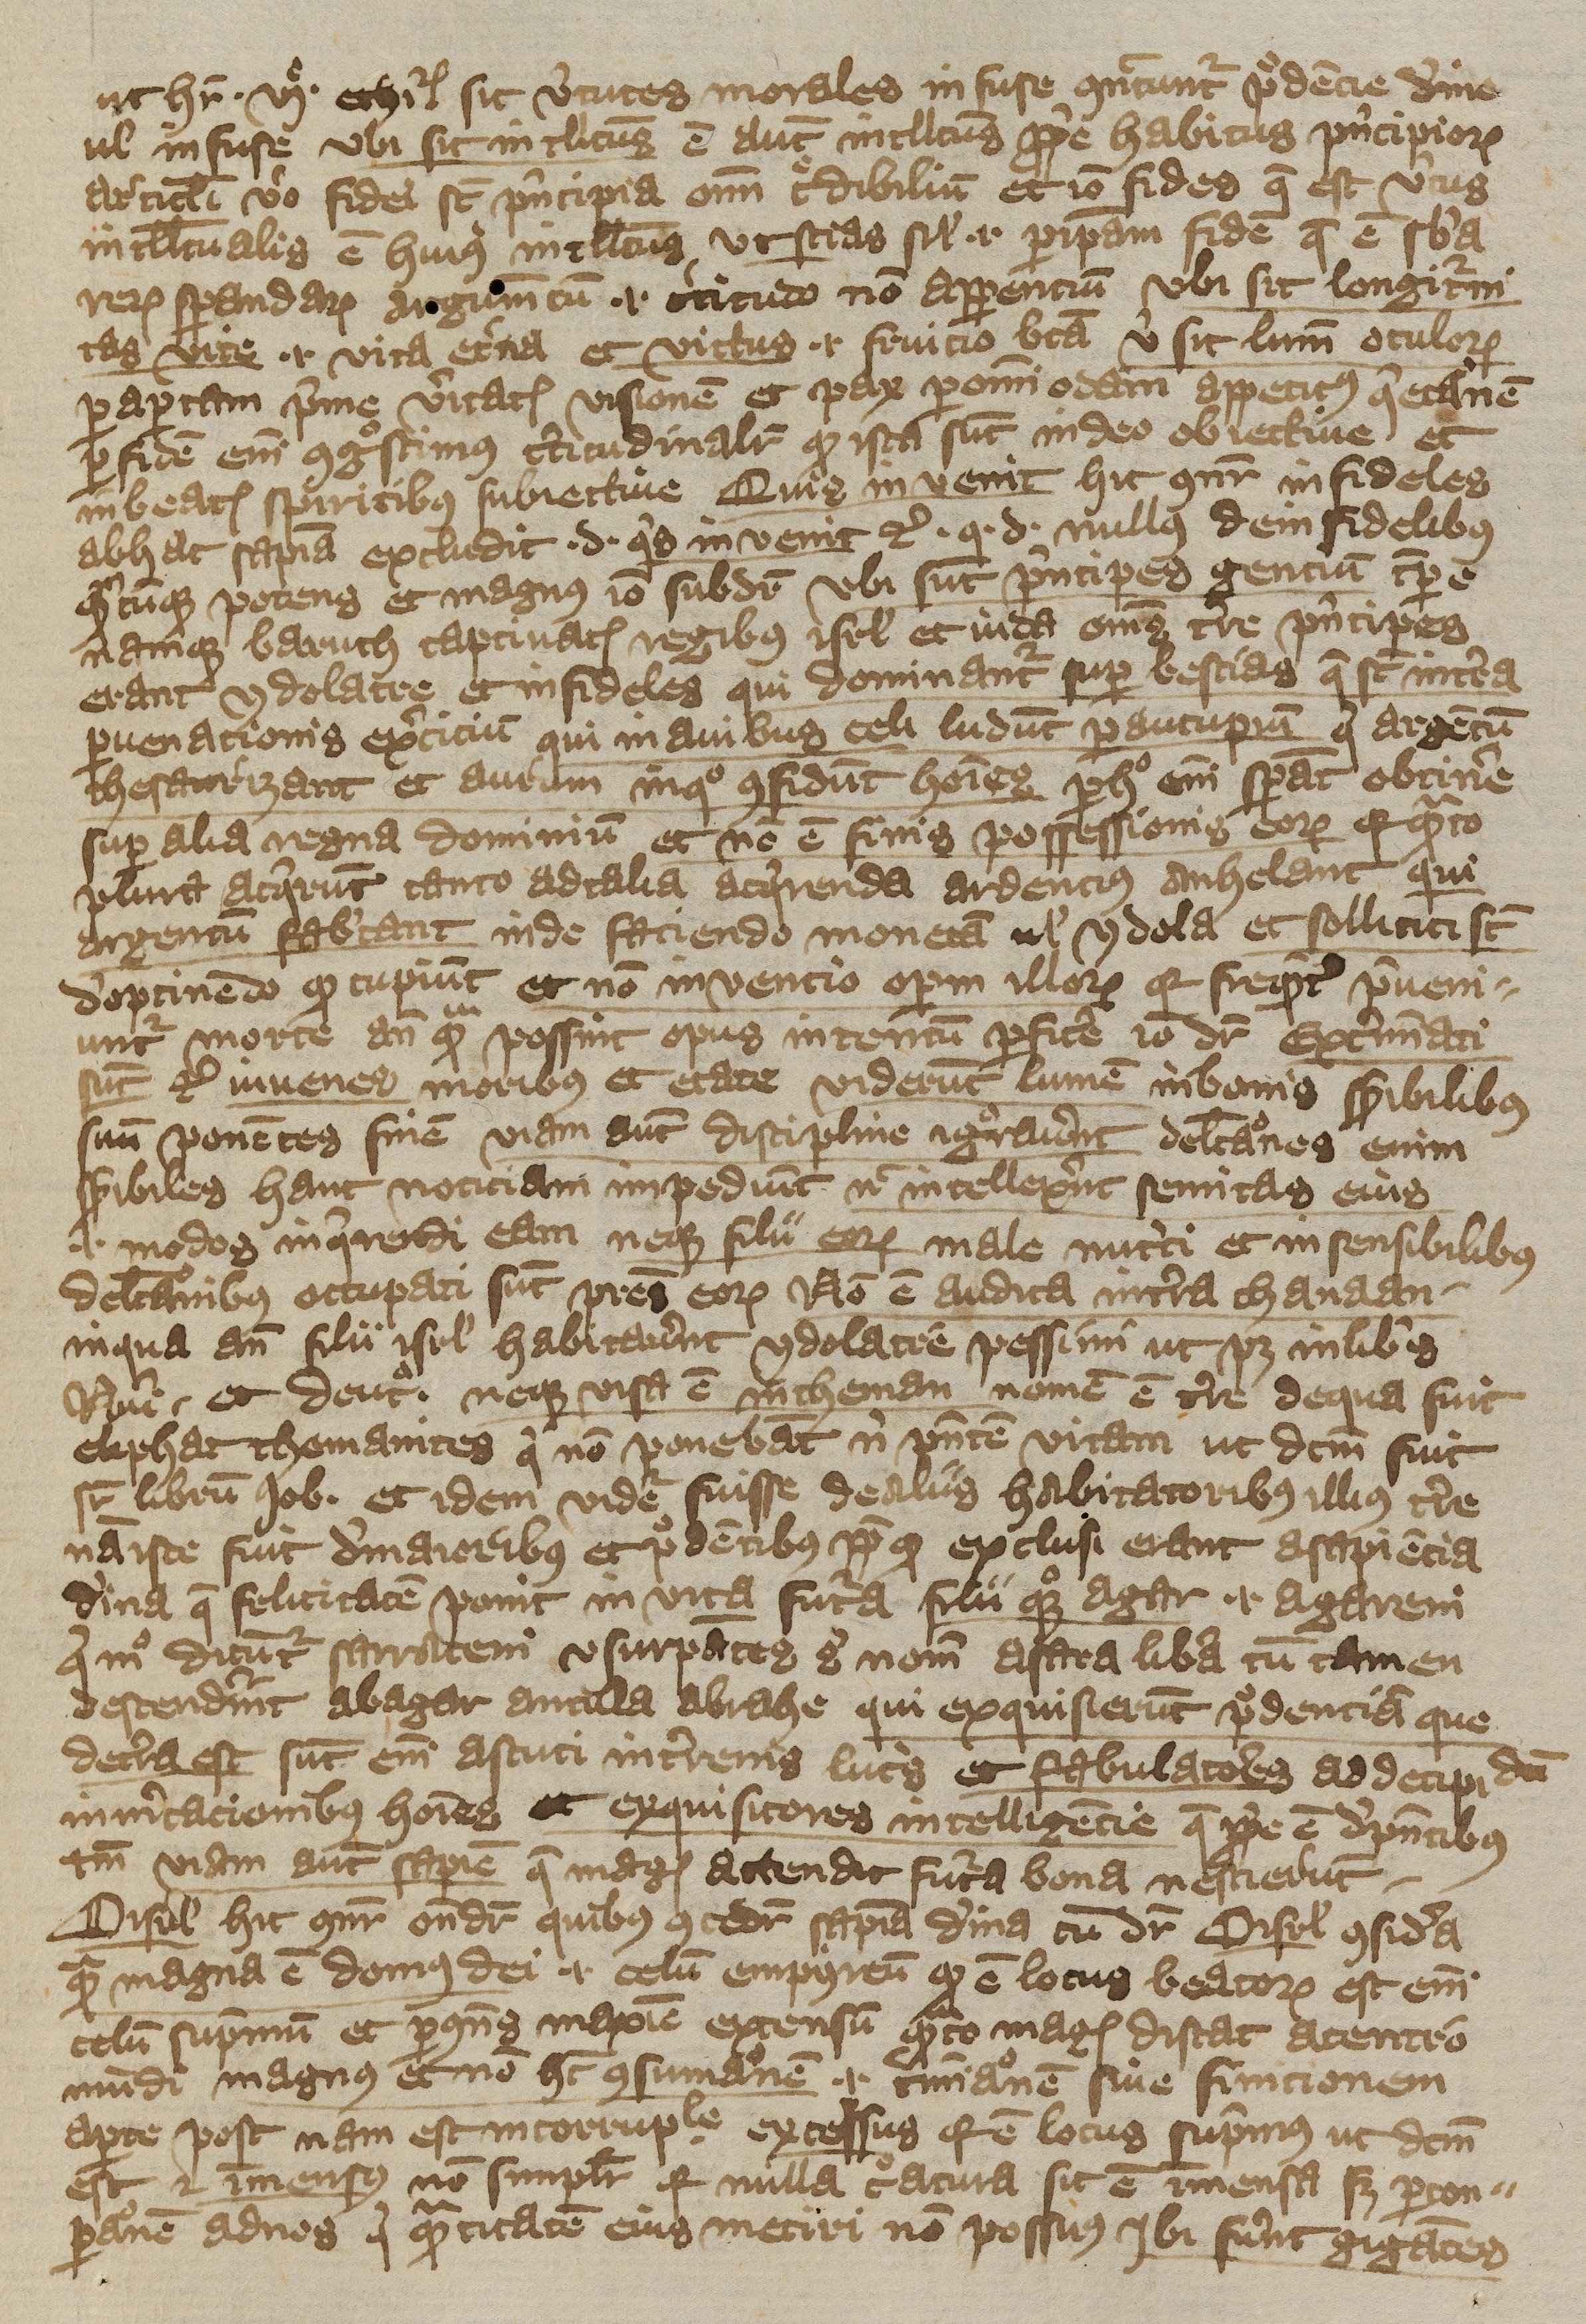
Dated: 1392–1393